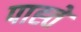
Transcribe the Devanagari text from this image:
पाह्ते